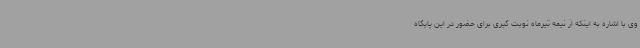
وی با اشاره به اینکه از نیمه تیرماه نوبت گیری برای حضور در این پایگاه